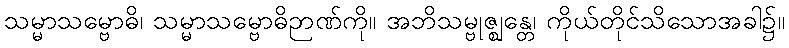
သမ္မာသမ္ဗောဓိ၊ သမ္မာသမ္ဗောဓိဉာဏ်ကို။ အဘိသမ္ဗုဇ္ဈန္တေ၊ ကိုယ်တိုင်သိသောအခါ၌။